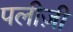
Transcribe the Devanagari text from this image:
पलीज़ी